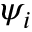
\psi _ { i }